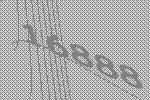
16888